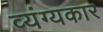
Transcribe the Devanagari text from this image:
व्‍यंग्‍यकार